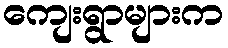
ကျေးရွာများက